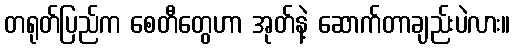
တရုတ်ပြည်က စေတီတွေဟာ အုတ်နဲ့ ဆောက်တာချည်းပဲလား။